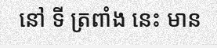
នៅ ទី ត្រពាំង នេះ មាន